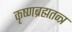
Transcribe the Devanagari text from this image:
कृष्णब्रह्मतन्त्र